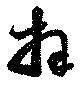
拜